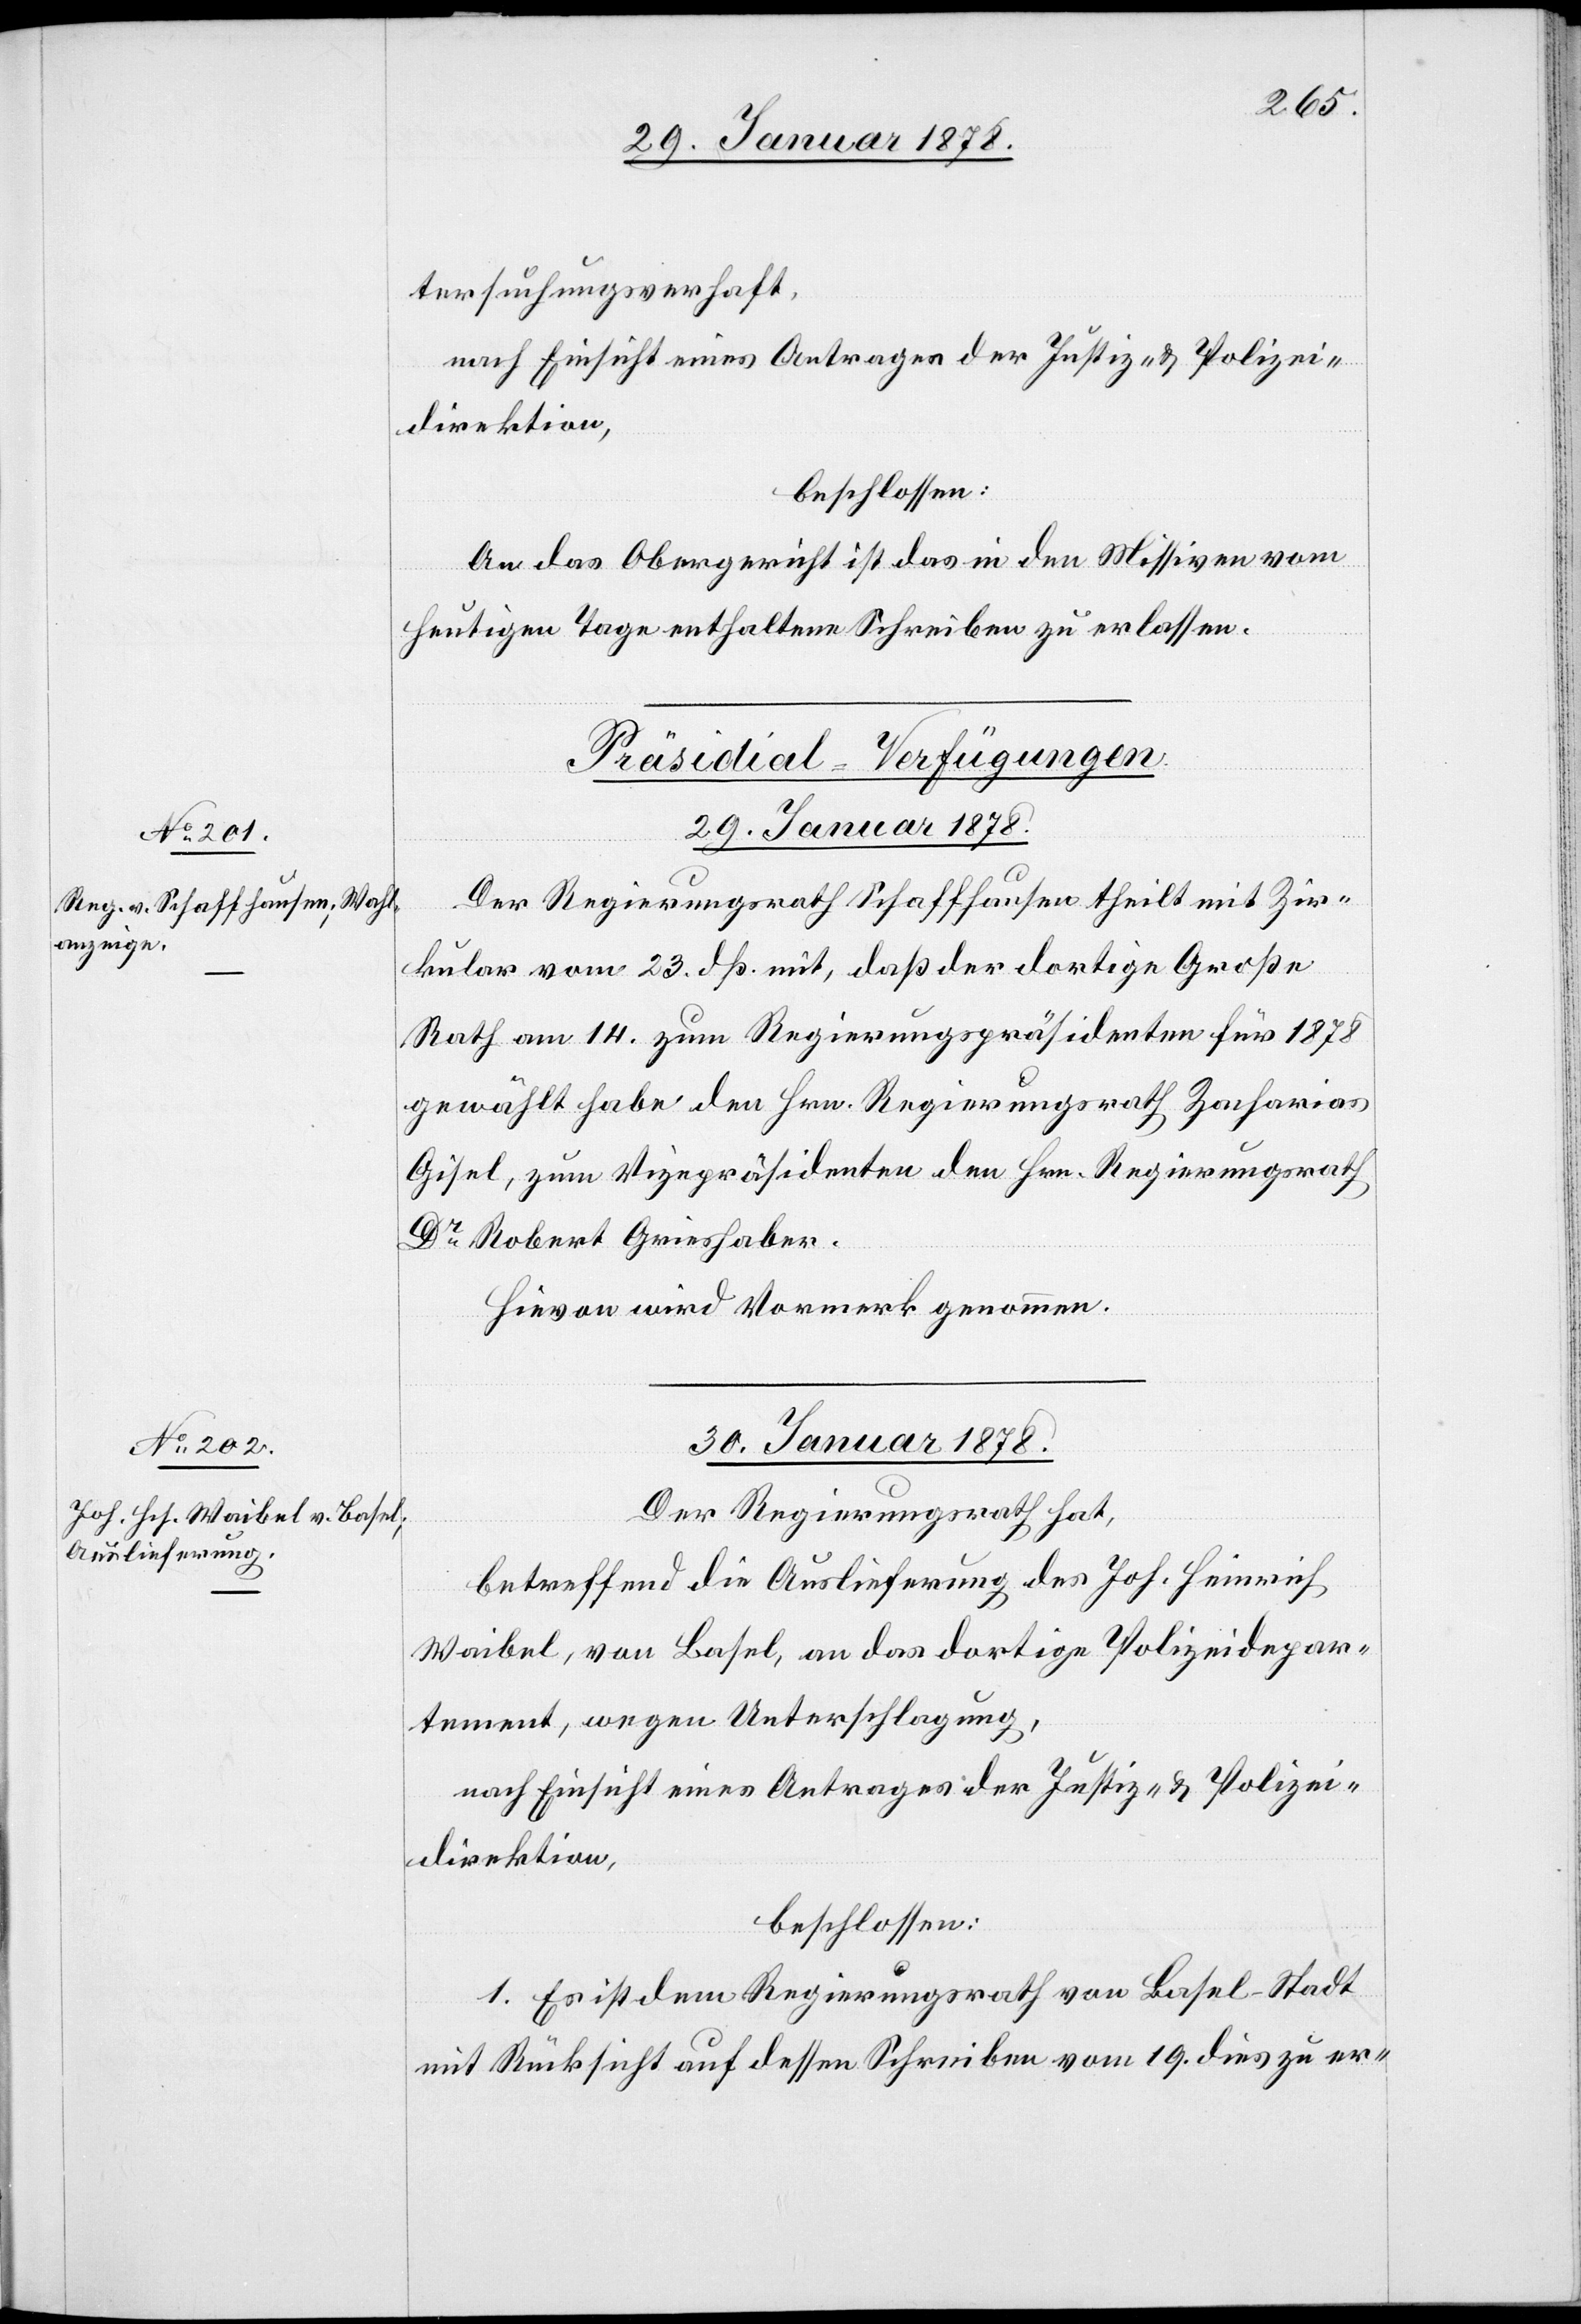
tersuchungsverhaft,
nach Einsicht eines Antrages der Justiz- & Polizei¬
direktion,
beschlossen:
An das Obergericht ist das in den Missiven vom
heutigen Tage enthaltene Schreiben zu erlassen.
[Präsidial-Verfügungen.]
29. Januar 1878.
Der Regierungsrath Schaffhausen theilt mit Zir¬
kular vom 23. dß. mit, daß der dortige Große
Rath am 14. zum Regierungspräsidenten für 1878
gewählt habe den Hrn. Regierungsrath Zacharias
Gisel, zum Vizepräsidenten den Hrn. Regierungsrath
Dr Robert Grieshaber.
Hievon wird Vormerk genommen.
30. Januar 1878.
Der Regierungsrath hat,
betreffend die Auslieferung des Joh. Heinrich
Waibel, von Basel, an das dortige Polizeidepar¬
tement, wegen Unterschlagung,
nach Einsicht eines Antrages der Justiz- & Polizei¬
direktion,
beschlossen:
1. Es ist dem Regierungsrath von Basel-Stadt
mit Rücksicht auf dessen Schreiben vom 19. dies zu er-